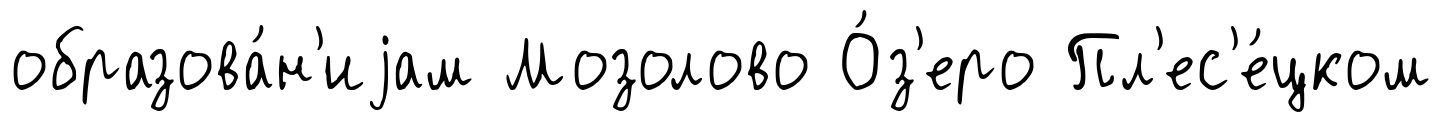
образова́н'иjам Мозолово О́з'еро Пл'ес'е́цком